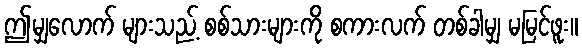
ဤမျှလောက် များသည့် စစ်သားများကို စကားလက် တစ်ခါမျှ မမြင်ဖူး။